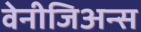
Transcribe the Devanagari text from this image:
वेनीजिअन्स